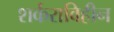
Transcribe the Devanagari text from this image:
शर्कराविहीन